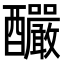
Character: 釅